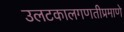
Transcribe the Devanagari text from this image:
उलटकालगणतीप्रमाणे